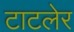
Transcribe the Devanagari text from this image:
टाटलेर